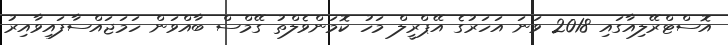
އޮސްޓްރޭލިއާގައި 2018 ވަނަ އަހަރުގެ އޭޕްރީލް މަހު ކޮމަންވެލްތު ގޭމްސް ބާއްވަން ހަމަޖައްސާފައިވާއިރު